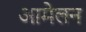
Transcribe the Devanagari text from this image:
आमेलन